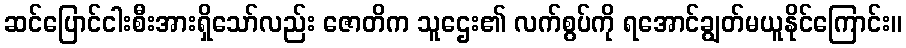
ဆင်ပြောင်ငါးစီးအားရှိသော်လည်း ဇောတိက သူဌေး၏ လက်စွပ်ကို ရအောင်ချွတ်မယူနိုင်ကြောင်း။